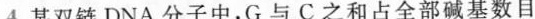
4.某双链DNA分子中，G与C之和占全部碱基数目